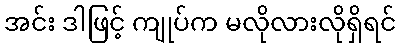
အင်း ဒါဖြင့် ကျုပ်က မလိုလားလိုရှိရင်